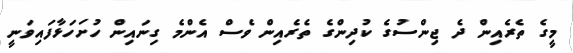
މީގެ ތެރެއިން ދެ ޖިންސުގެ ކުދިންގެ ތެރެއިން ވެސް އެންމެ ގިނައިން ހުށަހަޅާފައިވަނީ